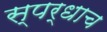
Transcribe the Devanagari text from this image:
स्पर्धाच